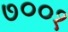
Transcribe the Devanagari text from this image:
७००१